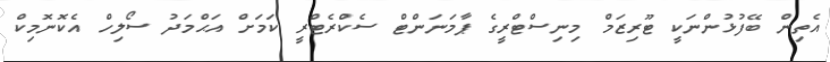
އެތިން ބޭފުޅުންނަކީ ޓޫރިޒަމް މިނިސްޓްރީގެ ޕާމަނަންޓް ސެކްރެޓްރީ ކަމަށް އަޙްމަދު ސޯލިހް އެކޮނޮމިކް